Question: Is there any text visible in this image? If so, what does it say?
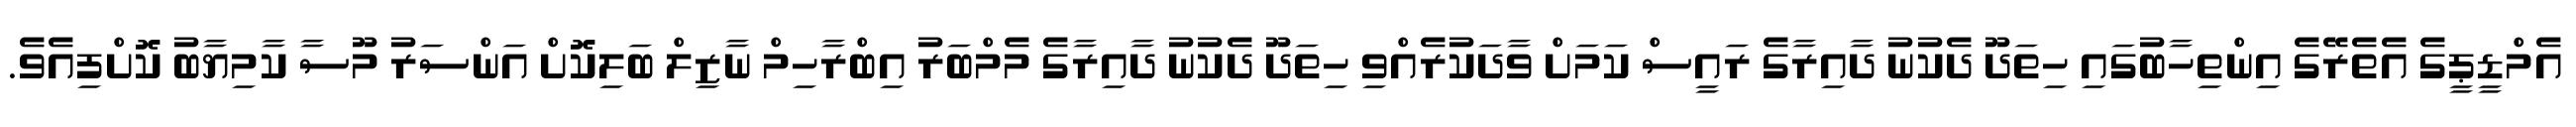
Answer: އެމްޑީޕީގެ އެތެރޭގެ އިންތިހާބުގައި ހިތަދޫ ދެކުނު ދާއިރާގެ ރައީސް ކަމަށް ވާދަކުރެއްވި ހިތަދޫ ދެކުނު ދާއިރާގެ މެމްބަރު އިބްރާހިމް ނާޒިލް ބަލިކޮށް އަންސަރު މޫސާ ކާމިޔާބު ކޮށްފިއެވެ.